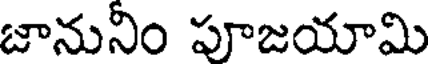
జానునిం పూజయామి